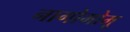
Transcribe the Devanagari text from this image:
नागोमोमू